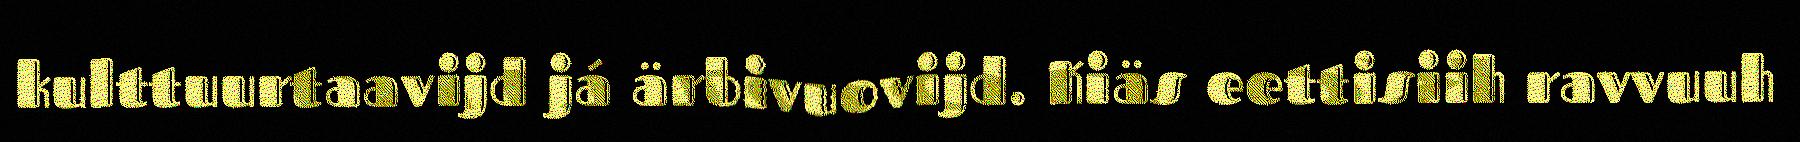
kulttuurtaavijd já ärbivuovijd. Kiäs eettisiih ravvuuh